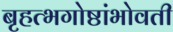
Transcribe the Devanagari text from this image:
बृहत्भगोष्ठांभोवती